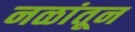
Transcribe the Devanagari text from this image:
नळांतून